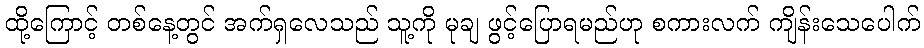
ထို့ကြောင့် တစ်နေ့တွင် အက်ရှလေသည် သူ့ကို မုချ ဖွင့်ပြောရမည်ဟု စကားလက် ကျိန်းသေပေါက်